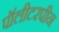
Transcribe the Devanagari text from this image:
पॉलीटरपीन